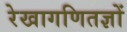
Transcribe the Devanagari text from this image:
रेखागणितज्ञों